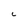
Character: C